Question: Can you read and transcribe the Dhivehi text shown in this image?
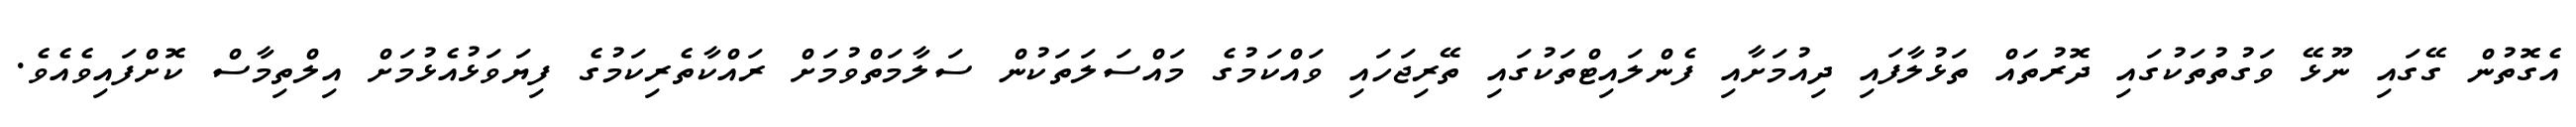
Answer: އެގޮތުން ގޭގައި ނޫޅޭ ވަގުތުތަކުގައި ދޮރުތައް ތަޅުލާފައި ދިއުމަށާއި ފެންލައިޓްތަކުގައި ތޭރިޖަހައި ވައްކަމުގެ މައްސަލަތަކުން ސަލާމަތްވުމަށް ރައްކާތެރިކަމުގެ ފިޔަވަޅުއެޅުމަށް އިލްތިމާސް ކޮށްފައިވެއެވެ.